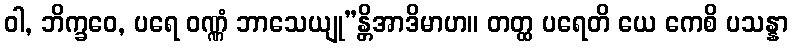
ဝါ, ဘိက္ခဝေ, ပရေ ဝဏ္ဏံ ဘာသေယျု”န္တိအာဒိမာဟ။ တတ္ထ ပရေတိ ယေ ကေစိ ပသန္နာ